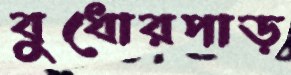
বুধোরপাড়